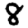
Digit: 8